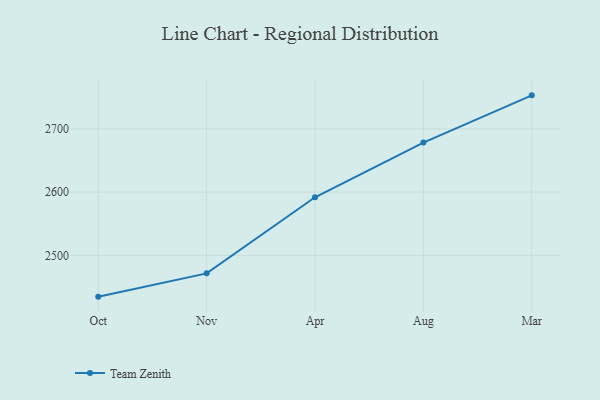
{"axis": {"x": "Month", "y": "Backlog"}, "legend": ["Team Zenith"], "data": [{"x": "Oct", "y": 2434.8, "type": "Team Zenith"}, {"x": "Nov", "y": 2471.6, "type": "Team Zenith"}, {"x": "Apr", "y": 2591.8, "type": "Team Zenith"}, {"x": "Aug", "y": 2678.3, "type": "Team Zenith"}, {"x": "Mar", "y": 2752.9, "type": "Team Zenith"}]}